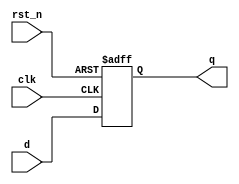

`ifndef M_DFF
`define M_DFF

module DFF #(
    parameter RESET_VALUE = 0
)(
    input clk,
    input rst_n,
    input d,
    output reg q
);
    always @(posedge clk or negedge rst_n) begin
        if (~rst_n) q <= RESET_VALUE;
        else #1 q <= d;
    end 

endmodule

`endif


`ifndef m_DFF_N
`define m_DFF_N

module DFF_N #(
    parameter RESET_VALUE = 0
)(
    input clk,
    input rst_n,
    input d,
    output reg q
);
    always @(negedge clk or negedge rst_n) begin
        if (~rst_n) q <= RESET_VALUE;
        else #2 q <= d;
    end 

endmodule

`endif